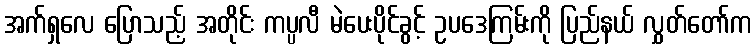
အက်ရှလေ ပြောသည့် အတိုင်း ကပ္ပလီ မဲပေးပိုင်ခွင့် ဥပဒေကြမ်းကို ပြည်နယ် လွှတ်တော်က